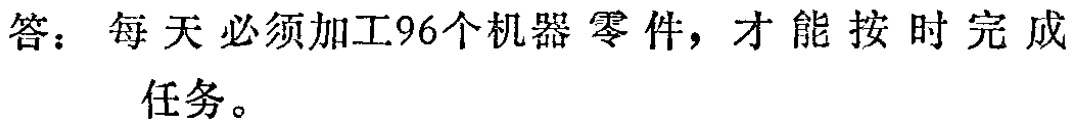
答：每天必须加工96个机器零件，才能按时完成任务。